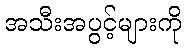
အသီးအပွင့်များကို